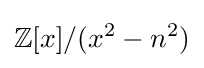
\mathbb {Z} [x]/(x^{2}-n^{2})